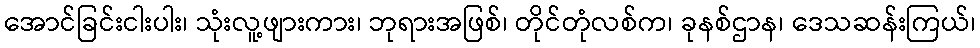
အောင်ခြင်းငါးပါး၊ သုံးလူ့ဖျားကား၊ ဘုရားအဖြစ်၊ တိုင်တုံလစ်က၊ ခုနစ်ဌာန၊ ဒေသဆန်းကြယ်၊